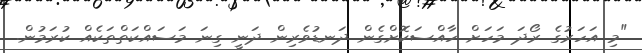
"މި އަހަރުގެ ރޯދަ މަހަށް ހާއްސަކޮށްގެން ދަނޑުވެރިން ދަނީ ގިނަ މަސައްކަތްތަކެއް ކުރަމުން.